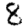
Digit: 8